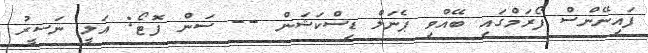
ފައިނޭންސް ފޯރަމްގައި ބޭއްވި ޕެނަލް ޑިސްކަޝަން -- ސަން ފޮޓޯ: އަލީ ނަސީރު